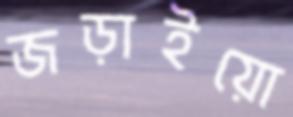
জড়াইয়ো